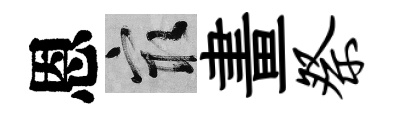
恩冣畫祭